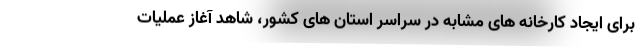
برای ایجاد کارخانه های مشابه در سراسر استان های کشور، شاهد آغاز عملیات